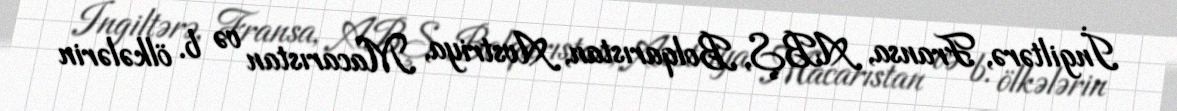
İngiltərə, Fransa, ABŞ, Bolqarıstan, Avstriya, Macarıstan və b. ölkələrin